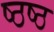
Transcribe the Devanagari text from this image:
ष्ठष्ठ